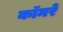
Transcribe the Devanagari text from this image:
कॉमरे